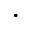
\cdot